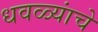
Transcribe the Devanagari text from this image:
धवळ्यांचे